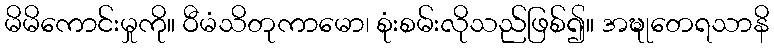
မိမိကောင်းမှုကို။ ဝီမံသိတုကာမော၊ စုံးစမ်းလိုသည်ဖြစ်၍။ အဍ္ဎုတေရသာနိ